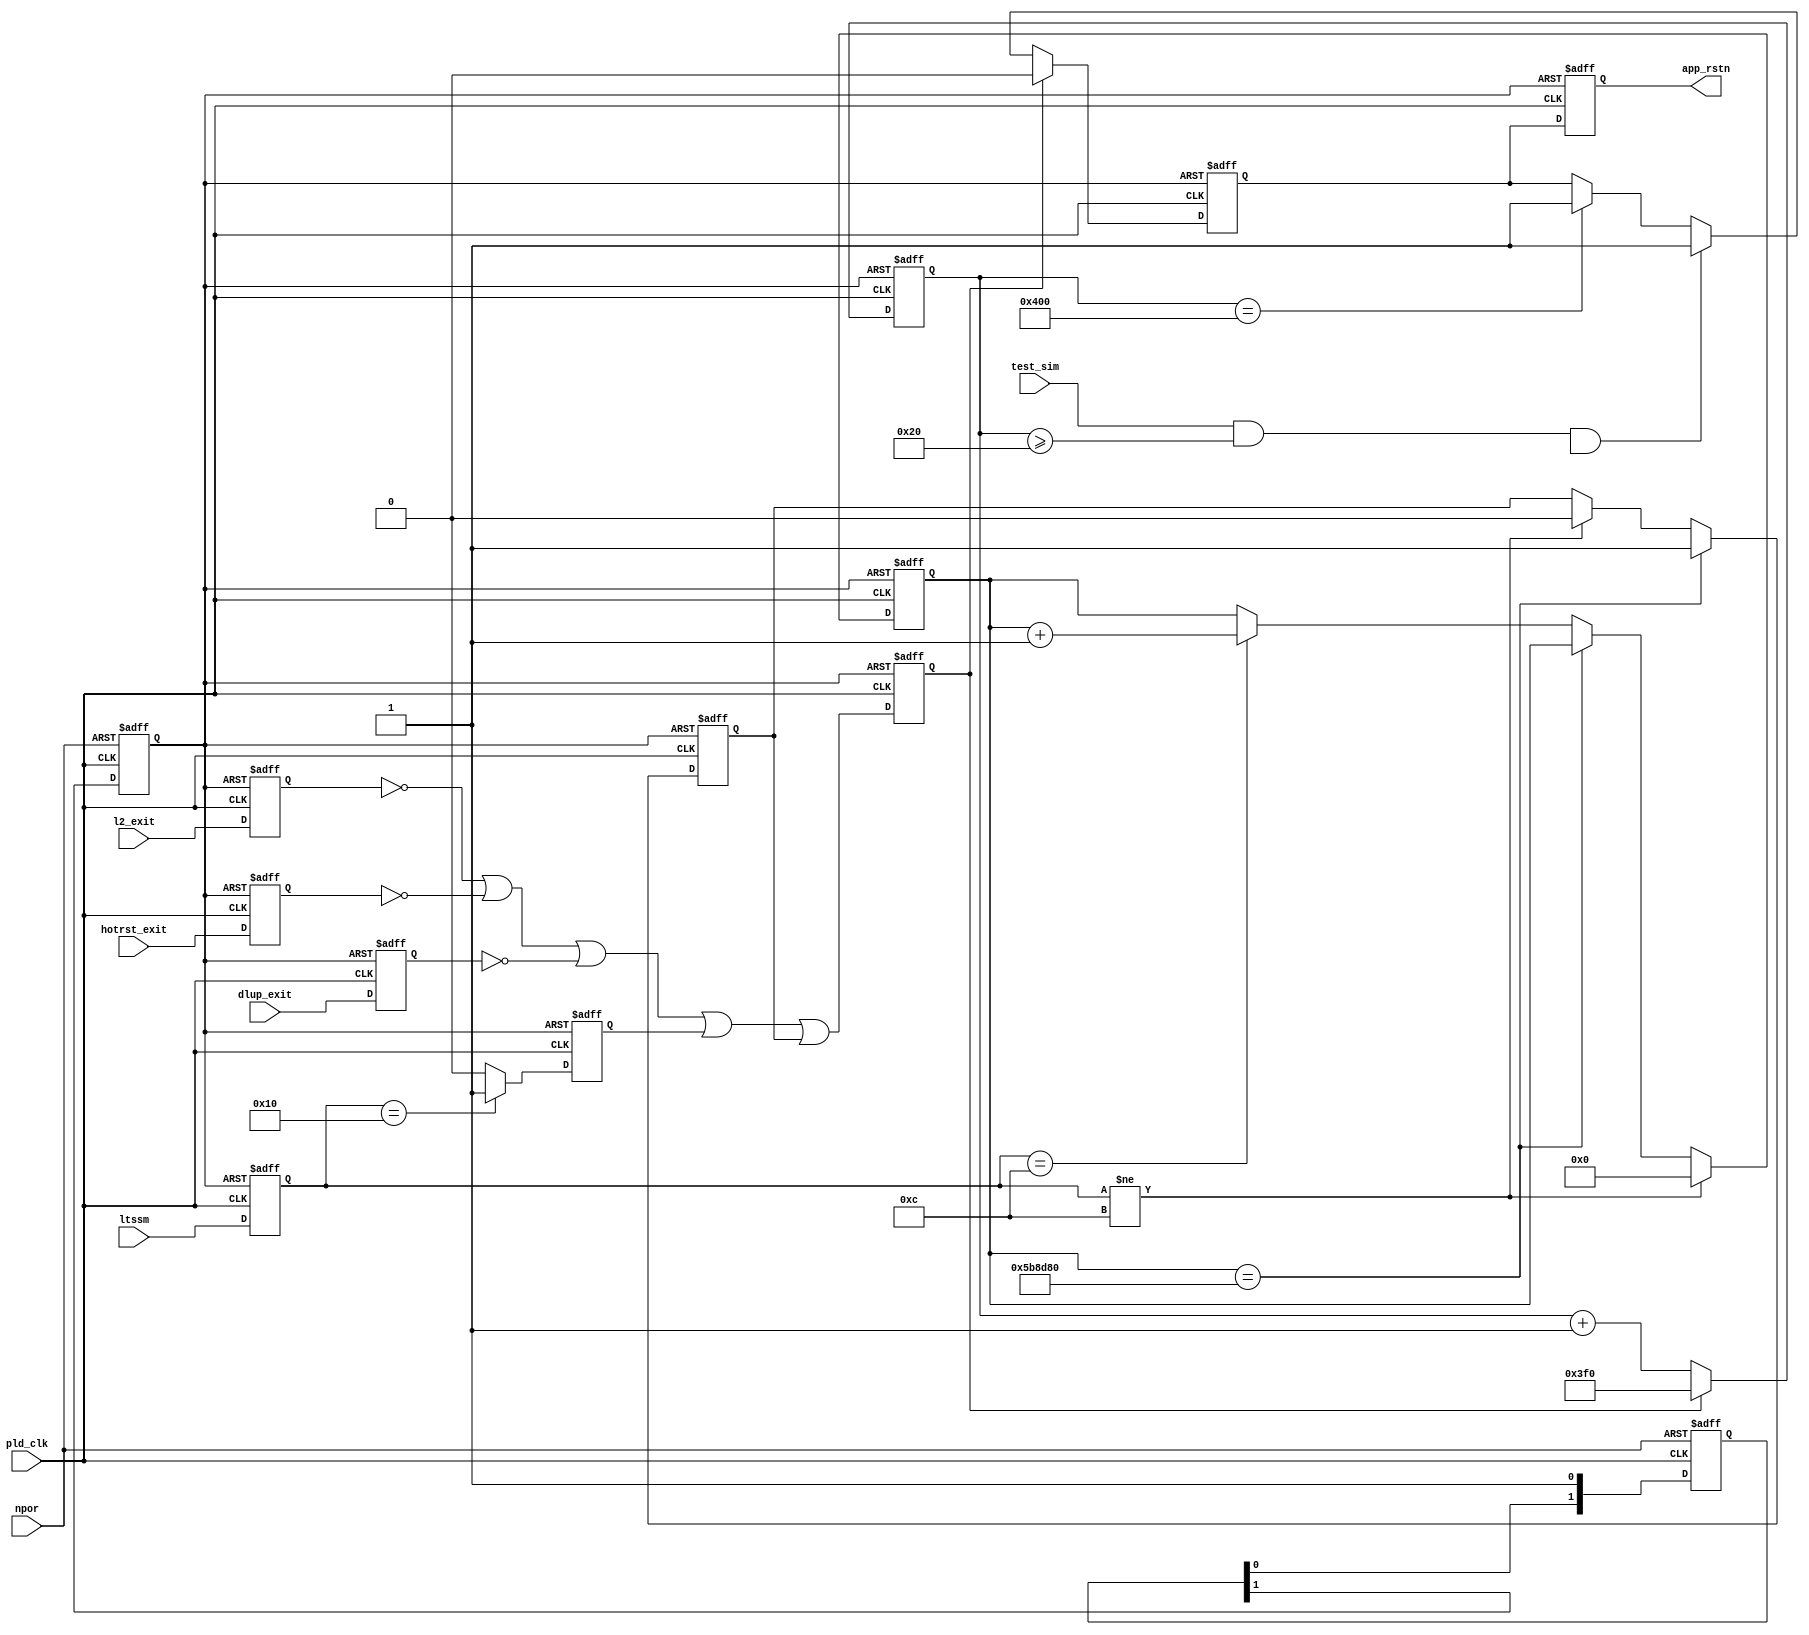
module altpcierd_hip_rs # (
      parameter HIPRST_USE_LTSSM_HOTRESET          = 1,
      parameter HIPRST_USE_LTSSM_DISABLE           = 1,
      parameter HIPRST_USE_L2                      = 1,
      parameter HIPRST_USE_DLUP_EXIT               = 1
         )  (
      input            dlup_exit,
      input            hotrst_exit,
      input            l2_exit,
      input   [  4: 0] ltssm,
      input            npor,
      input            pld_clk,
      input            test_sim,

      output reg       app_rstn

);

localparam [4:0] LTSSM_POL          = 5'b00010;
localparam [4:0] LTSSM_CPL          = 5'b00011;
localparam [4:0] LTSSM_DET          = 5'b00000;
localparam [4:0] LTSSM_RCV          = 5'b01100;
localparam [4:0] LTSSM_DIS          = 5'b10000;
localparam [23:0] RCV_TIMEOUT       = 24'd6000000;
localparam [10:0] RSTN_CNT_MAX      = 11'h400;
localparam [10:0] RSTN_CNT_MAXSIM   = 11'h20;

//synthesis translate_off
localparam ALTPCIE_SV_HIP_AST_HWTCL_SIM_ONLY  = 1;
//synthesis translate_on

//synthesis read_comments_as_HDL on
//localparam ALTPCIE_SV_HIP_AST_HWTCL_SIM_ONLY  = 0;
//synthesis read_comments_as_HDL off

reg [1:0]    npor_syncr ;
reg          npor_sync_pld_clk;
reg          app_rstn0;
reg          crst0;
reg [  4: 0] ltssm_r;
reg          dlup_exit_r;
reg          exits_r;
reg          hotrst_exit_r;
reg          l2_exit_r;
reg [ 10: 0] rsnt_cntn;
reg [23:0]   recovery_cnt;
reg          recovery_rst;
reg          ltssm_disable;


   always @(posedge pld_clk or negedge npor_sync_pld_clk) begin
      if (npor_sync_pld_clk == 1'b0) begin
         dlup_exit_r     <= 1'b1;
         hotrst_exit_r   <= 1'b1;
         l2_exit_r       <= 1'b1;
         exits_r         <= 1'b0;
         ltssm_r         <= 5'h0;
         app_rstn        <= 1'b0;
         ltssm_disable   <= 1'b0;
      end
      else begin
         ltssm_r        <= ltssm;
         dlup_exit_r    <= (HIPRST_USE_DLUP_EXIT==0)     ?1'b1:dlup_exit;
         hotrst_exit_r  <= (HIPRST_USE_LTSSM_HOTRESET==0)?1'b1:hotrst_exit;
         l2_exit_r      <= (HIPRST_USE_L2==0)            ?1'b1:l2_exit;
         ltssm_disable  <= (HIPRST_USE_LTSSM_DISABLE==0) ?1'b0:(ltssm_r == LTSSM_DIS)?1'b1:1'b0;
         exits_r        <= (l2_exit_r == 1'b0) | (hotrst_exit_r == 1'b0) | (dlup_exit_r == 1'b0) | (ltssm_disable == 1'b1)| (recovery_rst == 1'b1);
         app_rstn       <= app_rstn0;
      end
   end

  //reset Synchronizer npor --> npor_sync_pld_clk
   always @(posedge pld_clk or negedge npor) begin
      if (npor == 1'b0) begin
         npor_syncr        <= 2'b00;
         npor_sync_pld_clk <= 1'b0;
      end
      else begin
         npor_syncr[0] <= 1'b1;
         npor_syncr[1] <= npor_syncr[0];
         npor_sync_pld_clk <= npor_syncr[1];
      end
   end

   //Delay HIP reset upon npor
   always @(posedge pld_clk or negedge npor_sync_pld_clk) begin
      if (npor_sync_pld_clk == 1'b0) begin
         app_rstn0 <= 1'b0;
         rsnt_cntn <= 11'h0;
      end
      else if (exits_r == 1'b1) begin
         app_rstn0   <= 1'b0;
         rsnt_cntn   <= 11'h3f0;
      end
      else begin
         rsnt_cntn <= rsnt_cntn + 11'h1;
         if ((test_sim == 1'b1) &&
               (rsnt_cntn >= RSTN_CNT_MAXSIM) &&
                  (ALTPCIE_SV_HIP_AST_HWTCL_SIM_ONLY==1)) begin
             app_rstn0 <= 1'b1;
         end
         else if (rsnt_cntn == RSTN_CNT_MAX) begin
            app_rstn0 <= 1'b1;
         end
      end
   end

   // Monitor if LTSSM is frozen in RECOVERY state
   // Issue reset if timeout RCV_TIMEOUT
   always @(posedge pld_clk or negedge npor_sync_pld_clk) begin
      if (npor_sync_pld_clk == 1'b0) begin
         recovery_cnt <= {24{1'b0}};
         recovery_rst <= 1'b0;
      end
      else begin
         if (ltssm_r != LTSSM_RCV) begin
            recovery_cnt <= {24{1'b0}};
         end
         else if (recovery_cnt == RCV_TIMEOUT) begin
            recovery_cnt <= recovery_cnt;
         end
         else if (ltssm_r == LTSSM_RCV) begin
            recovery_cnt <= recovery_cnt + 24'h1;
         end

         if (recovery_cnt == RCV_TIMEOUT) begin
            recovery_rst <= 1'b1;
         end
         else if (ltssm_r != LTSSM_RCV) begin
            recovery_rst <= 1'b0;
         end
      end
   end

endmodule